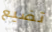
تضيع